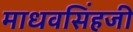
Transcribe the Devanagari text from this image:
माधवसिंहजी